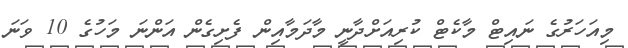
މިއަހަރުގެ ނައިޓް މާކެޓް ކުރިއަށްދާނީ މާދަމާއިން ފެށިގެން އަންނަ މަހުގެ 10 ވަނަ